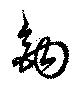
鉤